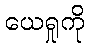
ယေရှုကို